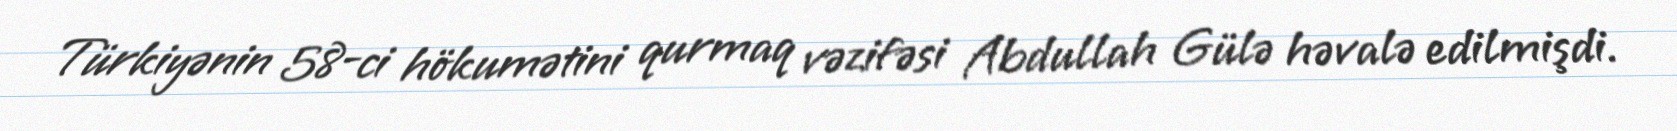
Türkiyənin 58-ci hökumətini qurmaq vəzifəsi Abdullah Gülə həvalə edilmişdi.